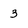
Character: 3